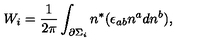
W _ { i } = \frac 1 { 2 \pi } \int _ { \partial \Sigma _ { i } } n ^ { * } ( \epsilon _ { a b } n ^ { a } d n ^ { b } ) ,